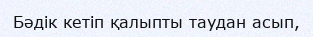
Бәдік кетіп қалыпты таудан асып,